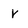
Character: v